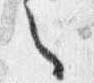
之